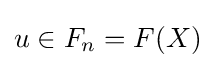
u\in F_{n}=F(X)